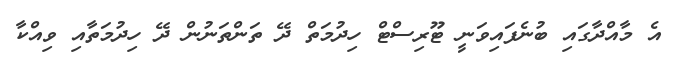
އެ މާއްދާގައި ބުނެފައިވަނީ ޓޫރިސްޓް ހިދުމަތް ދޭ ތަންތަނުން ދޭ ހިދުމަތާއި ވިއްކާ